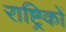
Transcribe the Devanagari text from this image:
राष्ट्रिकों